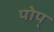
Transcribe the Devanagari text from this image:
पोप्